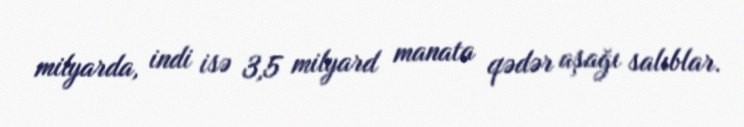
milyarda, indi isə 3,5 milyard manata qədər aşağı salıblar.